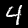
Digit: 4